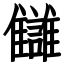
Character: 讎